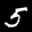
Label: 5